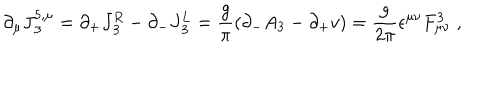
\partial _ { \mu } J { ^ { 5 , \mu } _ { 3 } } = \partial _ { + } J { _ 3 ^ { R } } - \partial _ { - } J { _ 3 ^ { L } } = { \frac { g } { \pi } } ( \partial _ { - } A _ { 3 } - \partial _ { + } v ) = { \frac { g } { 2 \pi } } \epsilon ^ { \mu \nu } F _ { \mu \nu } ^ { 3 } \; ,